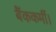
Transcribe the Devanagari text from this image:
बैंककर्मी।